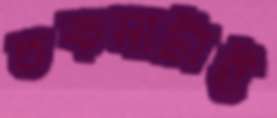
তকমাটাই